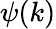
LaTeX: \psi(k)